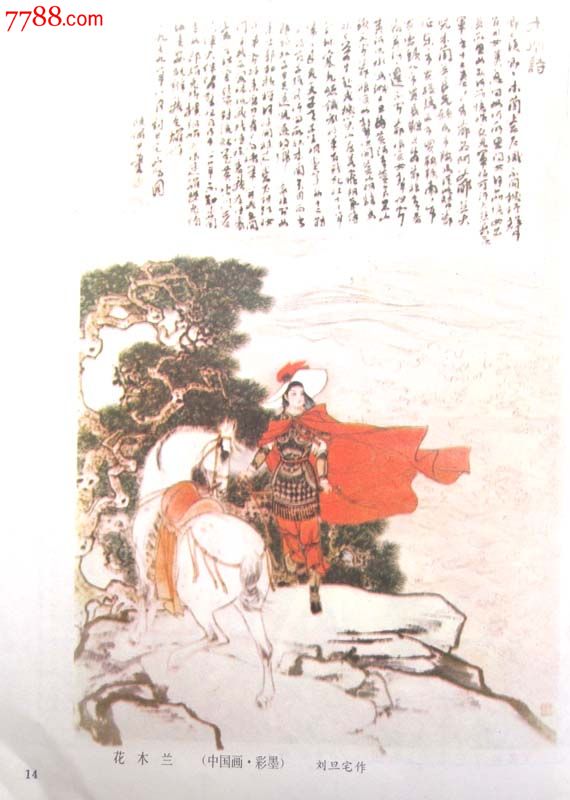
玉人初上木兰时。懒妆斜立澹春姿。